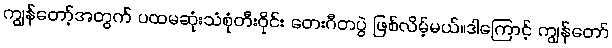
ကျွန်တော့်အတွက် ပထမဆုံးသံစုံတီးဝိုင်း တေးဂီတပွဲ ဖြစ်လိမ့်မယ်။ဒါကြောင့် ကျွန်တော်